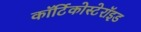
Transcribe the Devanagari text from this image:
कॉर्टिकोस्टेरॉइड